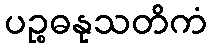
ပဉ္စဓနုသတိကံ